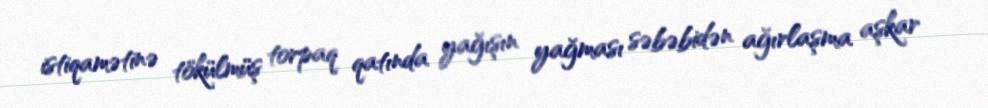
istiqamətinə tökülmüş torpaq qatında yağışın yağması səbəbidən ağırlaşma aşkar